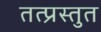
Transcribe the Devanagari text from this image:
तत्प्रस्तुत